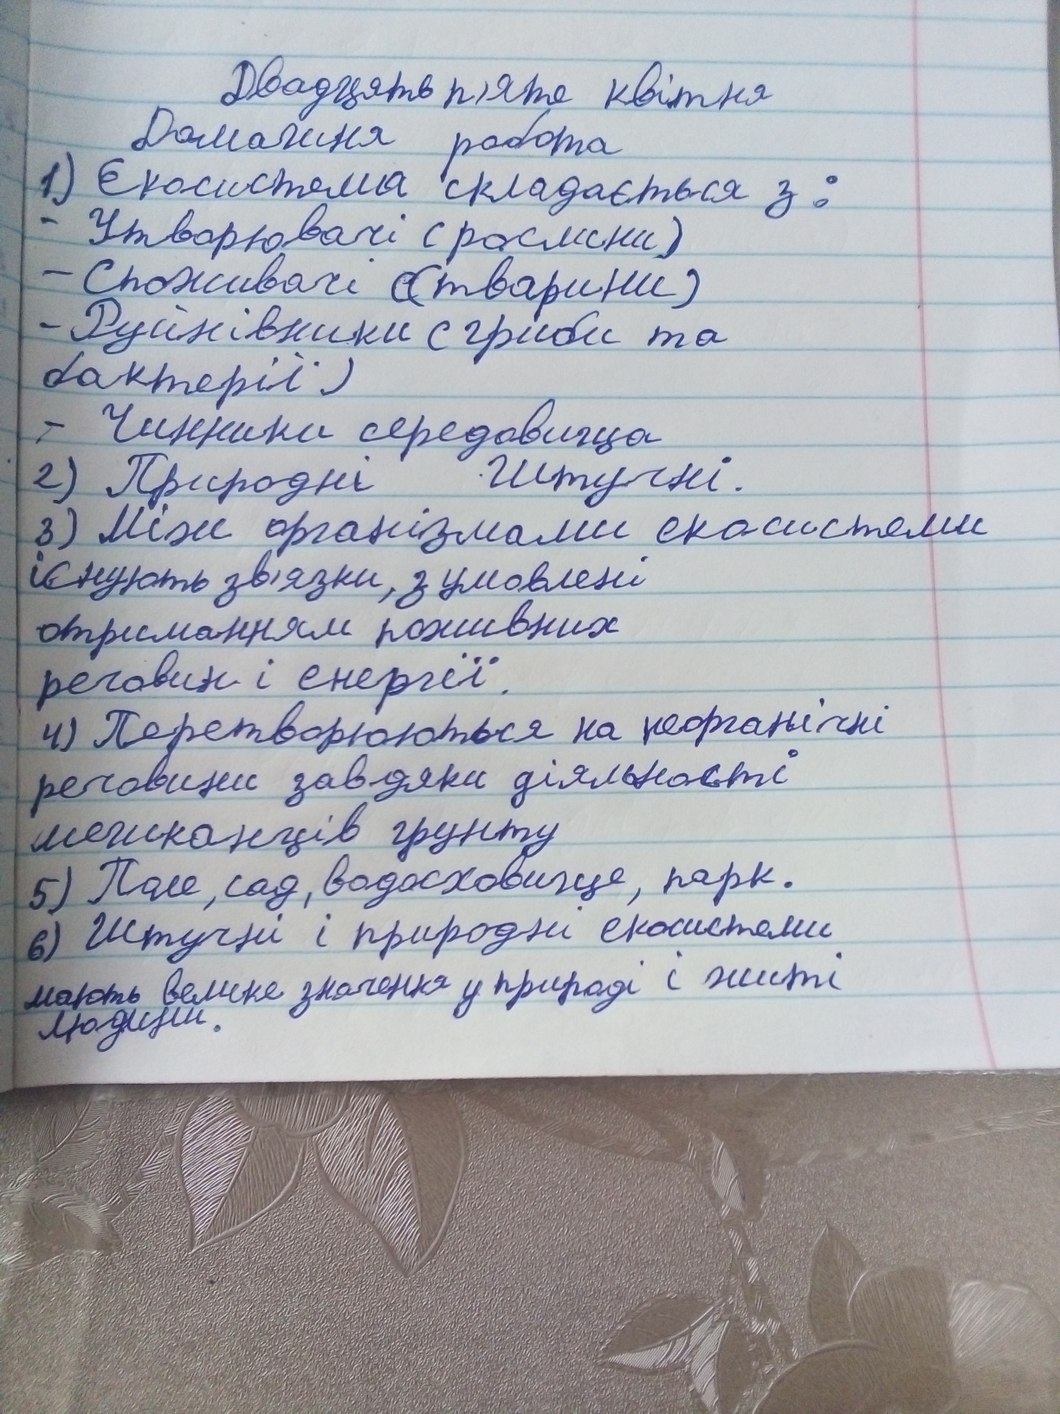
Двадцять п'яте квітня
1) Екосистема складається з:
- Утворювачі (рослини)
- Споживачі (тварини)
- Руйнівники ( гриби та спори)
бактерії)
- Чинники середовища
2) Природні Штучні.
3) Між організмами екосистеми
існують зв'язки, зумовлені
отриманням поживних
речовин і енергії.
4) Перетворюються на неорганічні
речовини завдяки діяльності
мешканців грунту
5) Поле, сад, водосховище, парк.
6) Штучні і природні екосистеми.
мають велике значення у природі і житті
людини.